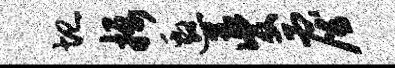
圮摄邀夔雇